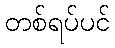
တစ်ရပ်ပင်